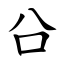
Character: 㕣